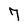
Character: 7